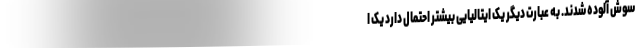
سوش آلوده شدند. به عبارت دیگر یک ایتالیایی بیشتر احتمال دارد یک ا